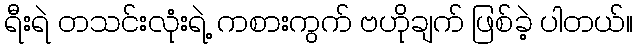
ရီးရဲ တသင်းလုံးရဲ့ ကစားကွက် ဗဟိုချက် ဖြစ်ခဲ့ ပါတယ်။